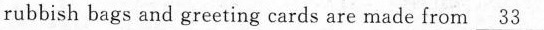
rubbish bags and greeting cards are made from \underline{33}